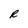
Character: R